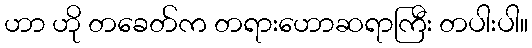
ဟာ ဟို တခေတ်က တရားဟောဆရာကြီး တပါးပါ။